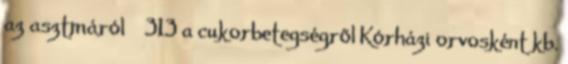
az asztmáról  313 a cukorbetegségről Kórházi orvosként kb.